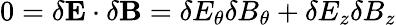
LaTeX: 0=\delta\mathbf{E}\cdot\delta\mathbf{B}=\delta E_{\theta}\delta B_{\theta}+\delta E_{z}\delta B_{z}